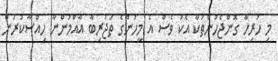
މި ހުރިހާ ގޮންޖެހުންތަކާ އެކު ވެސް އެ މީހުންގެ ތަޖުރިބާ އާއްމުންނާ ހިއްސާކުރަން